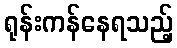
ရုန်းကန်နေရသည့်